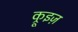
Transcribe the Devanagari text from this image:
क्रूइज़